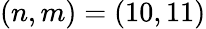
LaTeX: (n,m)=(10,11)